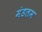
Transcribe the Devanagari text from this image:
मंडलम